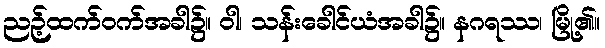
ညဉ့်ထက်ဝက်အခါ၌။ ဝါ၊ သန်းခေါင်ယံအခါ၌။ နဂရဿ၊ မြို့၏။